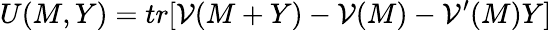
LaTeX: U(M,Y)=tr[{\cal V}(M+Y)-{\cal V}(M)-{\cal V}^{\prime}(M)Y]